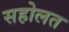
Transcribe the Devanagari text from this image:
सहोलत